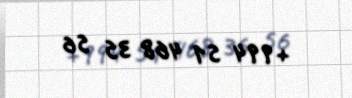
+994 51 468 35 56